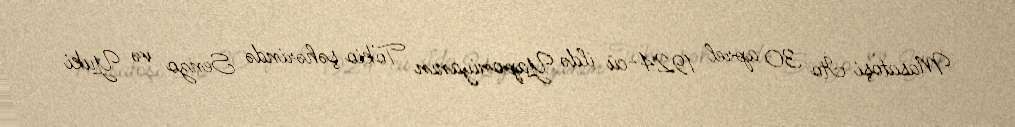
Masatoşi İto 30 aprel 1924-cü ildə Yaponiyanın Tokio şəhərində Senzo və Yuki